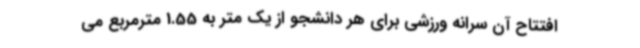
افتتاح آن سرانه ورزشی برای هر دانشجو از یک متر به 1.55 مترمربع می